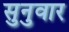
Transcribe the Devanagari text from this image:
सुनुवार